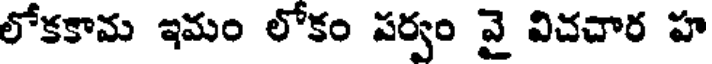
లోకకామ ఇమం లోకం పర్వం వై విచచార హ